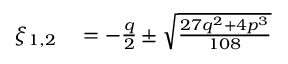
\begin{array} { r l } { \xi _ { 1 , 2 } } & { { } = - \frac { q } { 2 } \pm \sqrt { \frac { 2 7 q ^ { 2 } + 4 p ^ { 3 } } { 1 0 8 } } } \end{array}